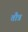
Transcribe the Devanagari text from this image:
तौत्र